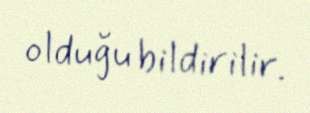
olduğu bildirilir.